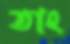
তাং